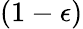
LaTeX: (1-\epsilon)